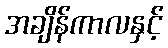
အချိန်ကာလနှင့်